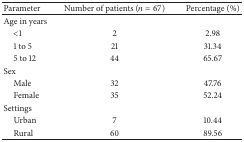
| Parameter | Number of patients (n = 67) | Percentage (%) |
 | --- | --- | --- |
 | Age in years |  |  |
 | <1 | 2 | 2.98 |
 | 1 to 5 | 21 | 31.34 |
 | 5 to 12 | 44 | 65.67 |
 | Sex |  |  |
 | Male | 32 | 47.76 |
 | Female | 35 | 52.24 |
 | Settings |  |  |
 | Urban | 7 | 10.44 |
 | Rural | 60 | 89.56 |